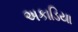
અકાડિયા